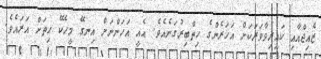
ޒެއިޖްއާއި ކައިރިވާވަރަކަށް އަހަރެންގެ ހިތްބިރުގަނެއެވެ. އެއީ އަހަންނަށް އިނގޭ މީހެކޭ ހިތަށް އަރައެވެ.